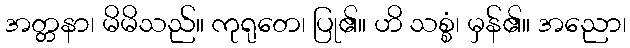
အတ္တနာ၊ မိမိသည်။ ကုရုတေ၊ ပြု၏။ ဟိ သစ္စံ၊ မှန်၏။ အညော၊